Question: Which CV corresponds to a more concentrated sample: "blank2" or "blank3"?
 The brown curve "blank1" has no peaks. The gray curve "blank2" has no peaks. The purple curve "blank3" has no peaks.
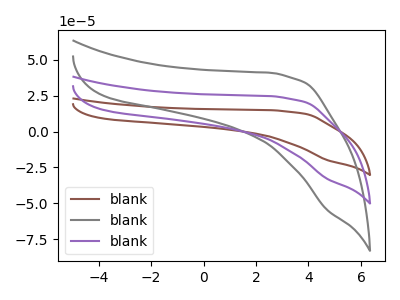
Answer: <think>Neither "blank2" or "blank3" have any peaks.
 </think>
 <answer>I cant tell if "blank2" or "blank3" has higher concentration.</answer>
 <eval>mixed_concentration</eval>